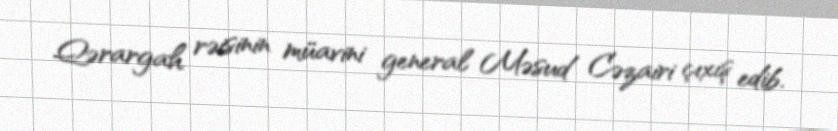
Qərargah rəisinin müavini general Məsud Cəzairi çıxış edib.